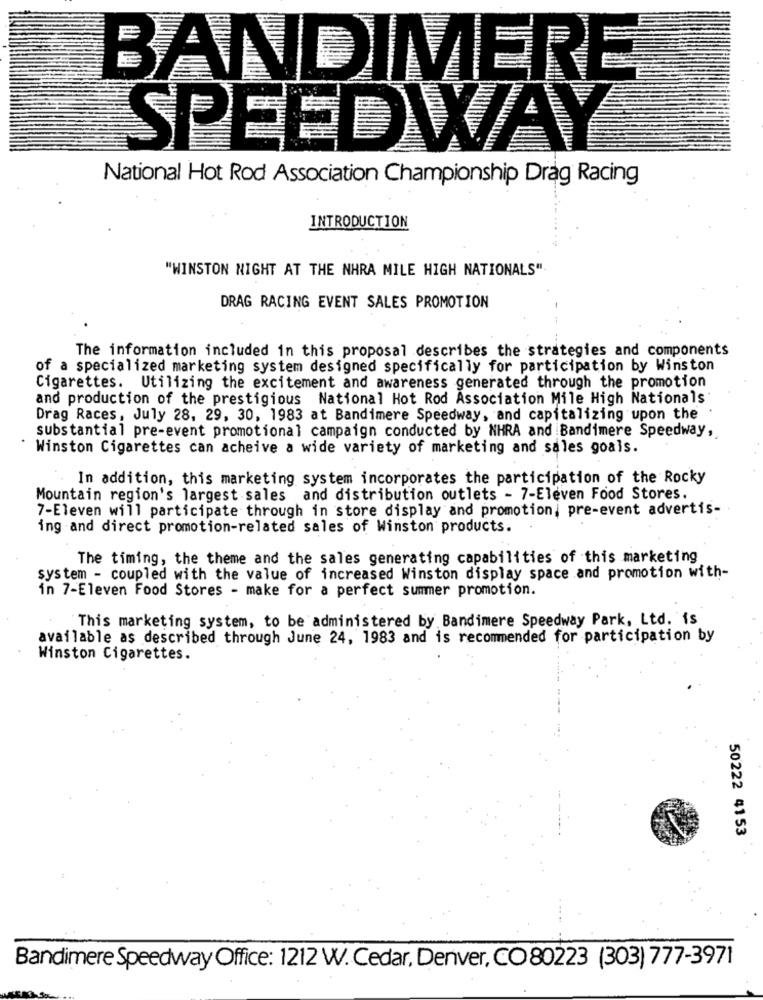
BANDIMERE
SPEEDWAY
National Hot Rod Association Championship Drag Racing
INTRODUCTION
"WINSTON NIGHT AT THE NHRA MILE HIGH NATIONALS"
DRAG RACING EVENT SALES PROMOTION
The information included in this proposal describes the strategies and components
of a specialized marketing system designed specifically for participation by Winston
Cigarettes. Utilizing the excitement and awareness generated through the promotion
and production of the prestigious National Hot Rod Association Mile High Nationals
Drag Races, July 28, 29, 30, 1983 at Bandimere Speedway, and capitalizing upon the
substantial pre-event promotional campaign conducted by NHRA and Bandimere Speedway,
Winston Cigarettes can acheive a wide variety of marketing and sales goals.
In addition, this marketing system incorporates the participation of the Rocky
Mountain region's largest sales and distribution outlets - 7-Eleven Food Stores.
7-Eleven will participate through in store display and promotion, pre-event advertis-
ing and direct promotion-related sales of Winston products.
The timing, the theme and the sales generating capabilities of this marketing
system - coupled with the value of increased Winston display space and promotion with-
in 7-Eleven Food Stores - make for a perfect summer promotion.
This marketing system, to be administered by Bandimere Speedway Park, Ltd. is
available as described through June 24, 1983 and is recommended for participation by
Winston Cigarettes.
50222 4153
Bandimere Speedway Office: 1212 W.Cedar, Denver, CO80223 (303) 777-3971